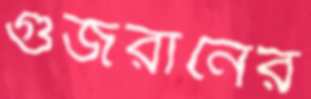
গুজরানের